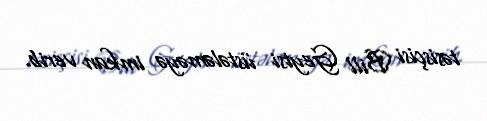
təsisçisi Bill Geytsi üstələməyə imkan verib.